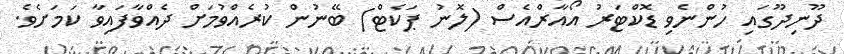
ދޫނިދޫގައި ހުންނެވި ޑޮކްޓަރު އޯއާރްއެސް (ލޮނު ޕަކެޓް) ބޭނުން ކުރެއްވުމަށް ދެއްވާފައިވާ ކަމަށެވެެ.